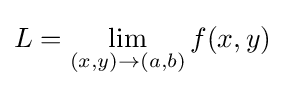
L=\lim _{(x,y)\to (a,b)}f(x,y)